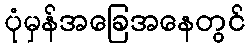
ပုံမှန်အခြေအနေတွင်